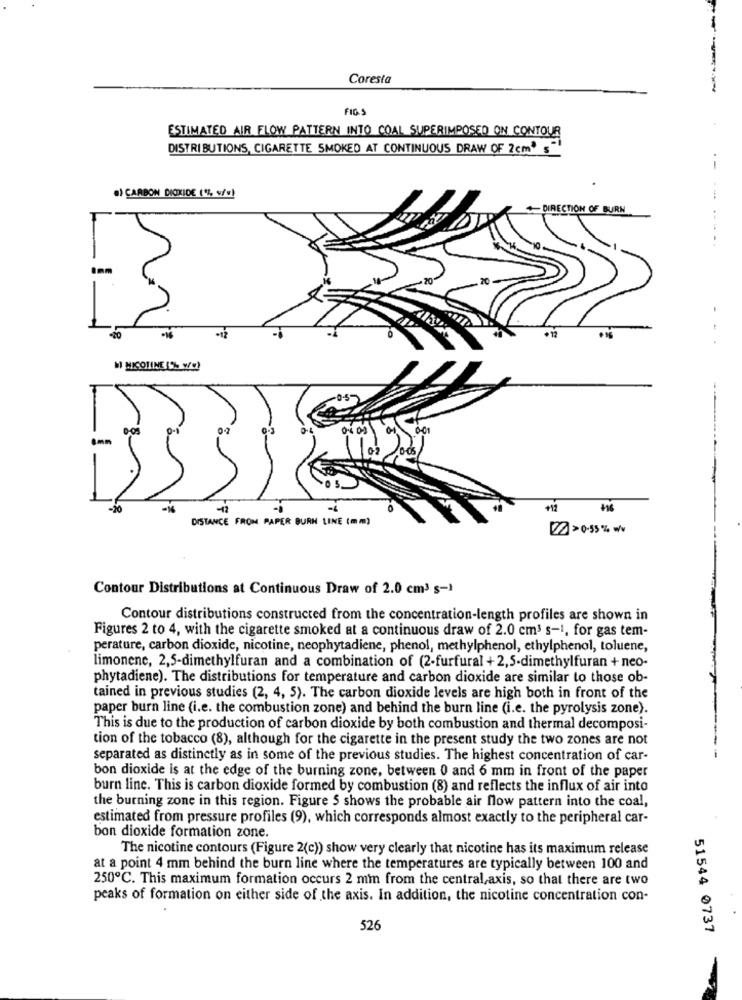
Coresta
FID
ESTIMATED AIR FLOW PATTERN INTO COAL SUPERIMPOSED ON CONTOUR
DISTRIBUTIONS, CIGARETTE SMOKED AT CONTINUOUS DRAW OF 2cm' s""
--
·) CARBON DIOXIDE (% w/w)
+DIRECTION OF BURN
+12
MI MICOTINE (% w!)
0-OS
-12
DISTANCE FROM PAPER BURN LINE (mm)
22] >0-55 % w/v
Contour Distributions at Continuous Draw of 2.0 cm3 s-1
Contour distributions constructed from the concentration-length profiles are shown in
Figures 2 to 4, with the cigarette smoked at a continuous draw of 2.0 cm3 s-1, for gas tem-
perature, carbon dioxide, nicotine, neophytadiene, phenol, methylphenol, ethylphenol, toluene,
limonene, 2,5-dimethylfuran and a combination of (2-furfural +2,5-dimethylfuran + neo-
phytadiene). The distributions for temperature and carbon dioxide are similar to those ob-
tained in previous studies (2, 4, 5). The carbon dioxide levels are high both in front of the
paper burn line (i.e. the combustion zone) and behind the burn line (i.e. the pyrolysis zone).
This is due to the production of carbon dioxide by both combustion and thermal decomposi-
tion of the tobacco (8), although for the cigarette in the present study the two zones are not
--
separated as distinctly as in some of the previous studies. The highest concentration of car-
bon dioxide is at the edge of the burning zone, between 0 and 6 mm in front of the paper
burn line. This is carbon dioxide formed by combustion (8) and reflects the influx of air into
the burning zone in this region. Figure S shows the probable air flow pattern into the coal,
estimated from pressure profiles (9), which corresponds almost exactly to the peripheral car-
bon dioxide formation zone.
The nicotine contours (Figure 2(c)) show very clearly that nicotine has its maximum release
at a point 4 mm behind the burn line where the temperatures are typically between 100 and
250℃. This maximum formation occurs 2 mm from the central,axis, so that there are two
peaks of formation on either side of the axis. In addition, the nicotine concentration con-
526
51544 0737